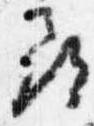
尋